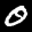
Label: 0